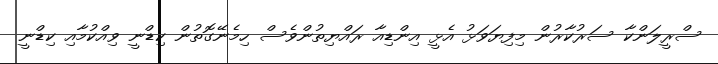
ސްރީލަންކާ ސަރުކާރުން މިފިޔަވަޅު އެޅީ އިންޑިއާ ރައްޔިތުންވެސް ހިމެނޭގޮތުން ކިޑްނީ ވިއްކުމާއި ކިޑްނީ